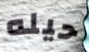
حيله